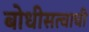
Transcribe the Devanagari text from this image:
बोधीसत्वाची